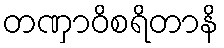
တဏှာဝိစရိတာနိ